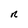
Character: n